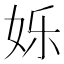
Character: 𮰽